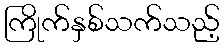
ကြိုက်နှစ်သက်သည့်